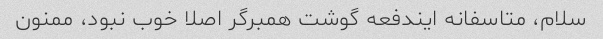
سلام، متاسفانه ایندفعه گوشت همبرگر اصلا خوب نبود، ممنون